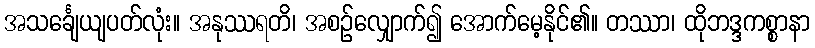
အသင်္ချေယျပတ်လုံး။ အနုဿရတိ၊ အစဉ်လျှောက်၍ အောက်မေ့နိုင်၏။ တဿာ၊ ထိုဘဒ္ဒကစ္စာနာ